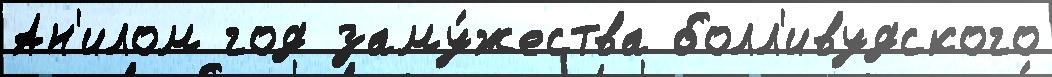
Ан'илом год заму́жества болл'ивудского